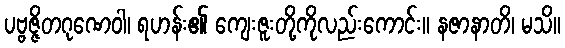
ပဗ္ဗဇ္ဇိတဂုဏေဝါ၊ ရဟန်း၏ ကျေးဇူးတို့ကိုလည်းကောင်း။ နဇာနာတိ၊ မသိ။